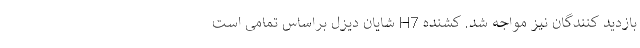
بازدید کنندگان نیز مواجه شد. کشنده H7 شایان دیزل براساس تمامی است